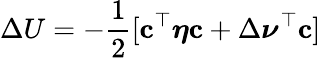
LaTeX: \Delta U=-\frac{1}{2}[\mathbf{c}^{\top}\boldsymbol\eta\mathbf{c}+\Delta\boldsymbol\nu^{\top}\mathbf{c}]